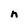
Character: n